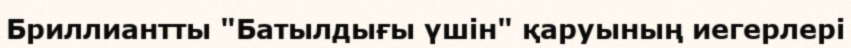
Бриллиантты "Батылдығы үшін" қаруының иегерлері